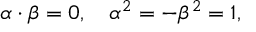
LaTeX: \alpha \cdot \beta = 0 , \quad \alpha ^ { 2 } = - \beta ^ { 2 } = 1 ,